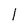
Character: l